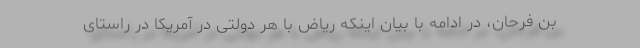
بن فرحان، در ادامه با بیان اینکه ریاض با هر دولتی در آمریکا در راستای